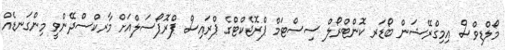
މޯލްޑިވްސް އިމިގްރޭޝަން ބޯޑަރ ކޮންޓްރޯލް ސިސްޓަމް ޕްރޮޖެކްޓްގެ ޕްރައިސް ޕްރޮޕޯސަލްއަށް މާރކްސްދޭންވީ މިންގަނޑެއް